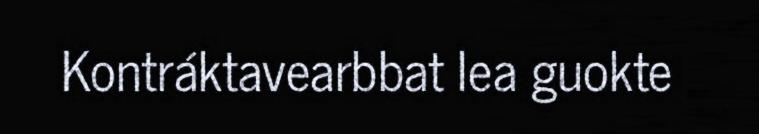
Kontráktavearbbat lea guokte